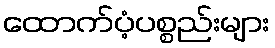
ထောက်ပံ့ပစ္စည်းများ